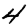
Digit: 4